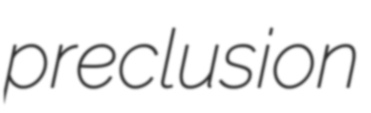
preclusion